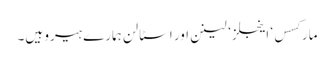
مارکسس‘ اینجلز ‘ لینن اور اسٹالن ہمارے ہیرو ہیں۔